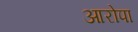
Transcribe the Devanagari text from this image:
आरोपा